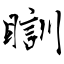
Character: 瞓